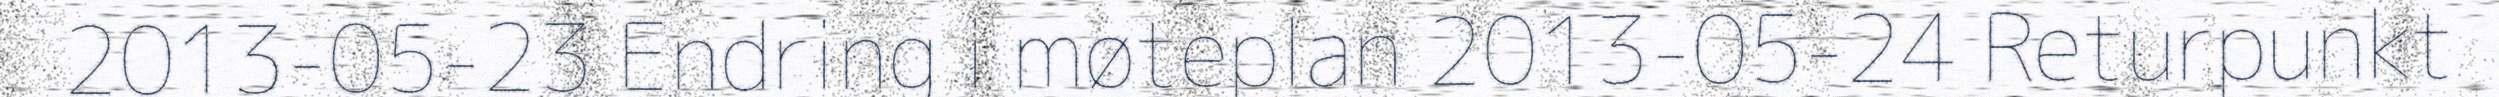
2013-05-23 Endring i møteplan 2013-05-24 Returpunkt